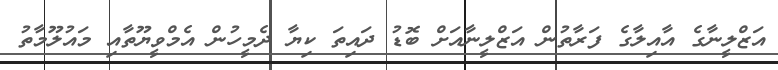
އަޒްލީނާގެ އާއިލާގެ ފަރާތުން އަޒްލީނާއަށް ބޮޑު ދައިތަ ކިޔާ ދެމީހުން އެމްވީޔޫތާއި މައުލޫމާތު